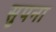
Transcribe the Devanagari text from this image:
सुपना